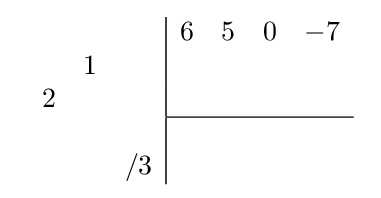
{\begin{array}{cc}{\begin{array}{rrr}\\&1&\\2&&\\\\&&/3\\\end{array}}{\begin{array}{|rrrr}6&5&0&-7\\&&&\\&&&\\\hline &&&\\&&&\\\end{array}}\end{array}}